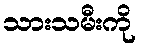
သားသမီးကို